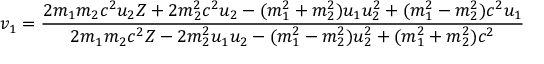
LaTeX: v _ { 1 } = { \frac { 2 m _ { 1 } m _ { 2 } c ^ { 2 } u _ { 2 } Z + 2 m _ { 2 } ^ { 2 } c ^ { 2 } u _ { 2 } - ( m _ { 1 } ^ { 2 } + m _ { 2 } ^ { 2 } ) u _ { 1 } u _ { 2 } ^ { 2 } + ( m _ { 1 } ^ { 2 } - m _ { 2 } ^ { 2 } ) c ^ { 2 } u _ { 1 } } { 2 m _ { 1 } m _ { 2 } c ^ { 2 } Z - 2 m _ { 2 } ^ { 2 } u _ { 1 } u _ { 2 } - ( m _ { 1 } ^ { 2 } - m _ { 2 } ^ { 2 } ) u _ { 2 } ^ { 2 } + ( m _ { 1 } ^ { 2 } + m _ { 2 } ^ { 2 } ) c ^ { 2 } } }